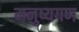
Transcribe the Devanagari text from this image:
मनुष्यगण